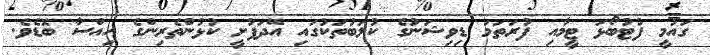
ގައުމީ ފުޓުބޯޅަ ޓީމާއި ފުރަތަމަ ޑިވިޝަނުގެ ކުލަބުތަކުގައި އޭދަފުށީ ކުޅުންތެރިންގެ ހިއްސާ ބޮޑެވެ.